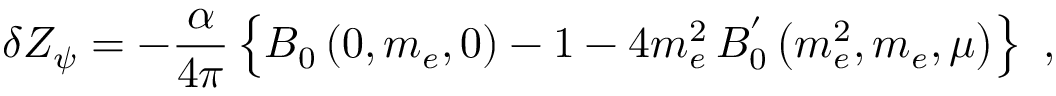
\delta Z _ { \psi } = - \frac { \alpha } { 4 \pi } \left\{ B _ { 0 } \left( 0 , m _ { e } , 0 \right) - 1 - 4 m _ { e } ^ { 2 } \, B _ { 0 } ^ { ' } \left( m _ { e } ^ { 2 } , m _ { e } , \mu \right) \right\} \, \, ,